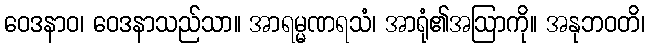
ဝေဒနာဝ၊ ဝေဒနာသည်သာ။ အာရမ္မဏရသံ၊ အာရုံ၏အဩာကို။ အနုဘဝတိ၊